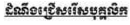
ដំណឹងជ្រើសរើសបុគ្គលិក